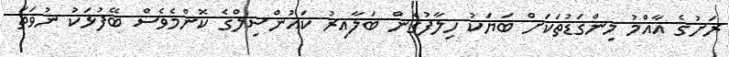
ރަށުގެ އާއްމު މިންގަޑުތަކަށް ބަޔަކު ހިލާފުގެން ބަލާއިރު ކައުންސިލްގެ ކޮންމެވެސް ބޭފުޅަކު ނުވަތަ